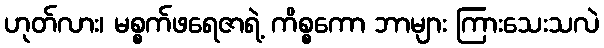
ဟုတ်လား၊ မစ္စက်ဖရေဇာရဲ့ ကိစ္စကော ဘာများ ကြားသေးသလဲ